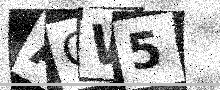
Text: ACW5